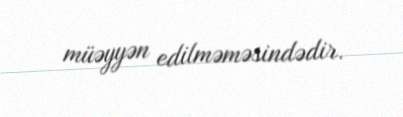
müəyyən edilməməsindədir.